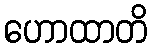
ဟောထာတိ